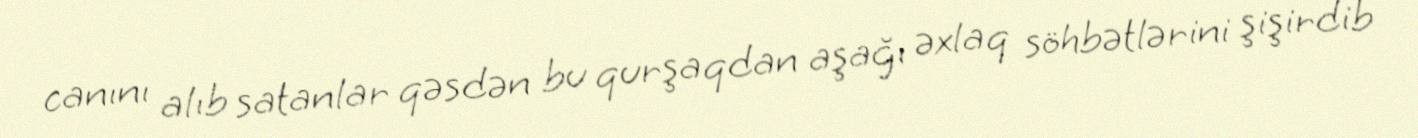
canını alıb satanlar qəsdən bu qurşaqdan aşağı əxlaq söhbətlərini şişirdib